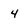
Character: 4